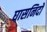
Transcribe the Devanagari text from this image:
घासनिदों